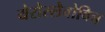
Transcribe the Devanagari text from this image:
येरोस्लैवोविच